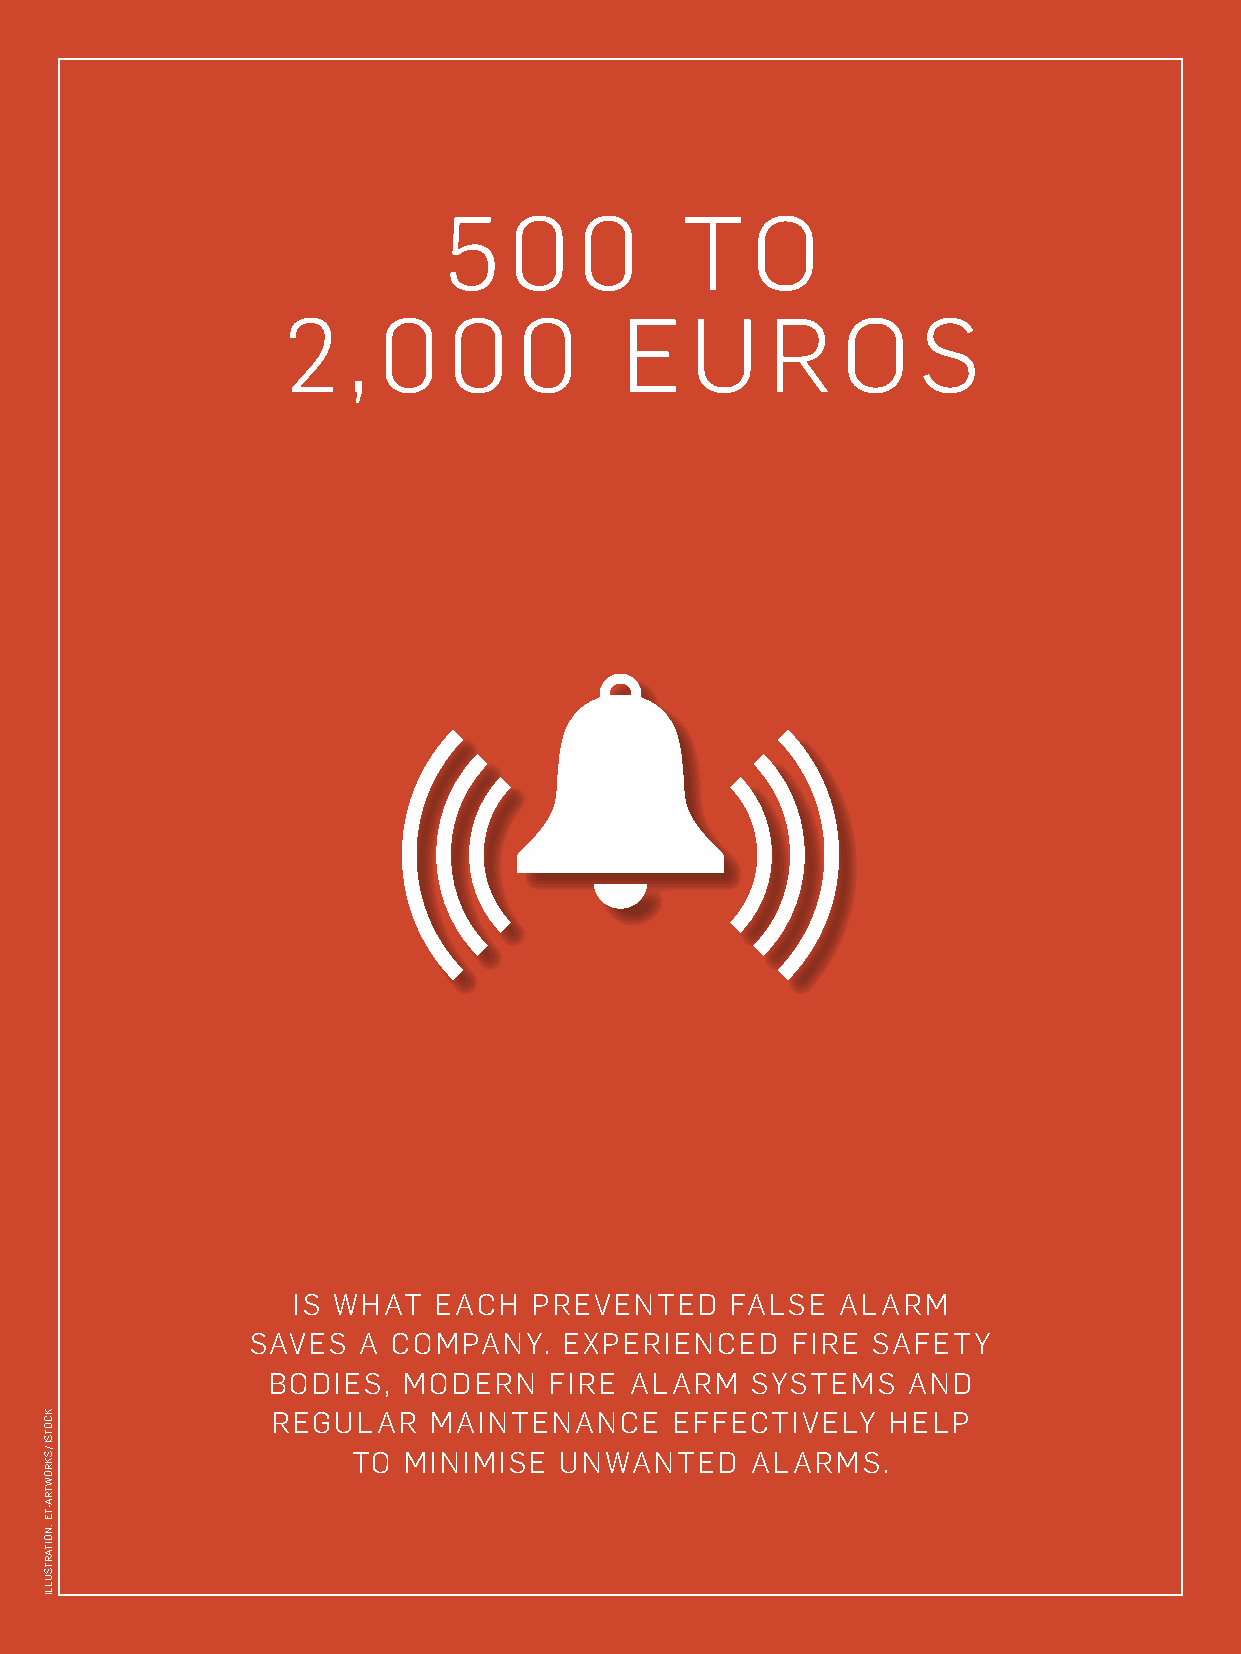
NEWS // SEITE 019
 5    0   0      T    O
 2   , 0    0   0      E    U    R    O    S
 IS WHAT   EACH  PREVENTED    FALSE   ALARM
 SAVES  A COMPANY.   EXPERIENCED    FIRE  SAFETY
 BODIES,  MODERN   FIRE  ALARM   SYSTEMS   AND
 REGULAR   MAINTENANCE      EFFECTIVELY   HELP
 TO  MINIMISE  UNWANTED     ALARMS.
 KCOTSI
 / SKROWTRA-TE
 :NOITARTSULLI